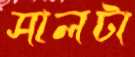
সালটা